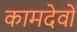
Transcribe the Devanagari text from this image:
कामदेवों